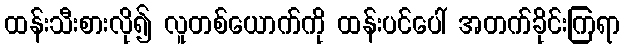
ထန်းသီးစားလို၍ လူတစ်ယောက်ကို ထန်းပင်ပေါ် အတက်ခိုင်းကြရာ